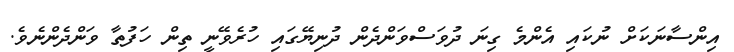
އިންސާނަކަށް ނުކައި އެންމެ ގިނަ ދުވަސްވަންދެން ދުނިޔޭގައި ހުރެވޭނީ ތިން ހަފުތާ ވަންދެންނެވެ.